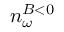
n _ { \omega } ^ { B < 0 }